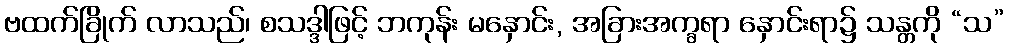
ဗထက်ခြိုက် လာသည်၊ စသဒ္ဒါဖြင့် ဘကုန်း မနှောင်း, အခြားအက္ခရာ နှောင်းရာ၌ သန္တကို “သ”